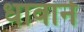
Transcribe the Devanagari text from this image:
धावाने